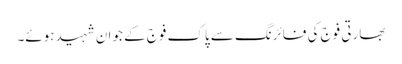
بھارتی فوج کی فائرنگ سے پاک فوج کے جوان شہید ہوئے۔